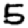
Digit: 5